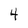
Character: 4